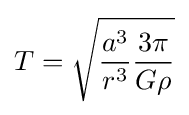
T={\sqrt {{\frac {a^{3}}{r^{3}}}{\frac {3\pi }{G\rho }}}}